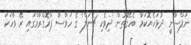
ނަފްސާނީ ދުޅަހެޔޮކަމާ ބެހޭގޮތުން 'ދިވެހި ޗެނަލް' ގެ ހަވާސާ ޕްރޮގްރާމްގައި ރޭ ވާހަކަ